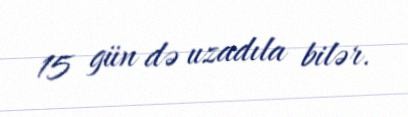
15 gün də uzadıla bilər.